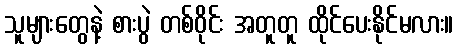
သူများတွေနဲ့ စားပွဲ တစ်ဝိုင်း အတူတူ ထိုင်ပေးနိုင်မလား။